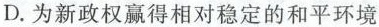
D.为新政权赢得相对稳定的和平环境